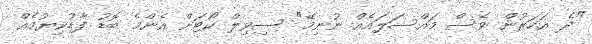
"ދެ އަހަރުން ވެސް މައްސަލައެއް ނުނިމޭ" ސިވިލް ކޯޓަށް އެންމެ ބޮޑު ފާޑުކިޔުމެއް